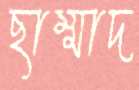
ছাম্মাদ